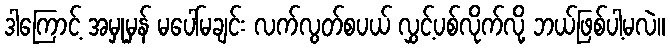
ဒါကြောင့် အမှုမှန် မပေါ်မချင်း လက်လွတ်စပယ် လွှင့်ပစ်လိုက်လို့ ဘယ်ဖြစ်ပါ့မလဲ။